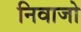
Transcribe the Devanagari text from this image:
निवाजो